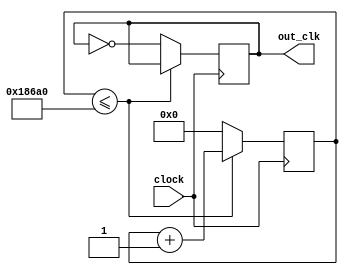
`timescale 1ns / 1ps
//////////////////////////////////////////////////////////////////////////////////
// Company: Boston University
// 
// 
// Design Name: 
// Module Name:    one_ms_clock_divider
// Project Name: EC311 Logic Design Final Project
// Target Devices: NEXYS A7-100t with ARTIX-7 FPGA
// Tool Versions: Vivado 2022.2
// Description: Divides 100 MHz onboard oscillator into 1 ms clock
//
// Dependencies: 
//
// Revision: 
// Revision 0.01 - File Created
// Additional Comments: 
//
//////////////////////////////////////////////////////////////////////////////////
module one_ms_clock_divider(
    input clock, 
    output reg out_clk);
	
	reg[32:0] count;

	initial begin
		// initialize everything to zero
		count = 0;
		out_clk = 0;
	end
	
	always @(posedge clock)
	begin
		// increment count by one
		// if count equals to 100,000,
		//   then flip the output clock,
		//   and reset count to zero.
		
		if (count <= 100000) begin //out_clk has a period of 1 ms
//		if (count <= 3) begin //For simulation purposes
		   count = count +1;
		end else begin
		  count <= 0;
		  out_clk <= ~out_clk;
		end
	end


endmodule